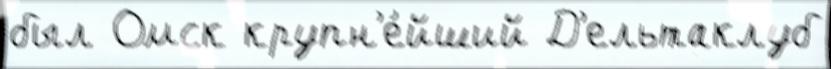
был Омск крупн'е́йший Д'ельтаклуб